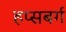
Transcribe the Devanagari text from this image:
हप्सबर्ग